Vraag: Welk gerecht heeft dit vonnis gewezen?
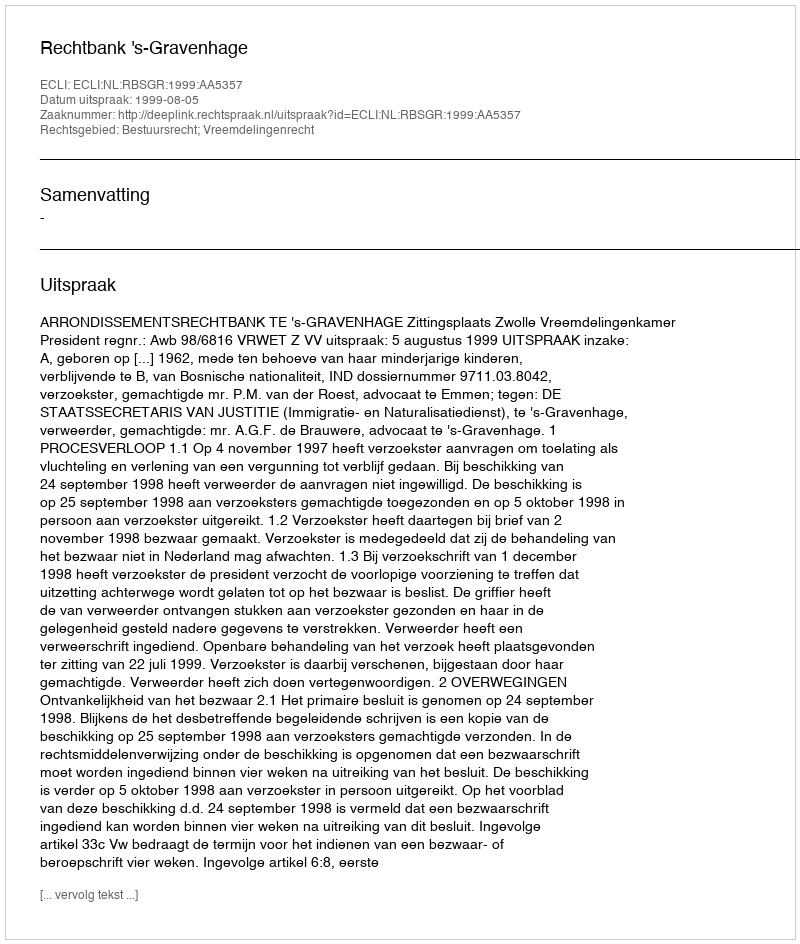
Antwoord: Rechtbank 's-Gravenhage